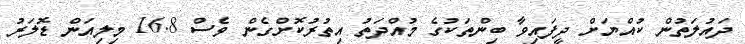
ދައުލަތުން ކުއްޔަށް ދީފައިވާ ބިންތަކުގެ މުއްދަތު އިތުރުކޮށްގެން ވެސް 16.8 މިލިއަން ޑޮލަރު